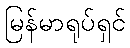
မြန်မာရုပ်ရှင်